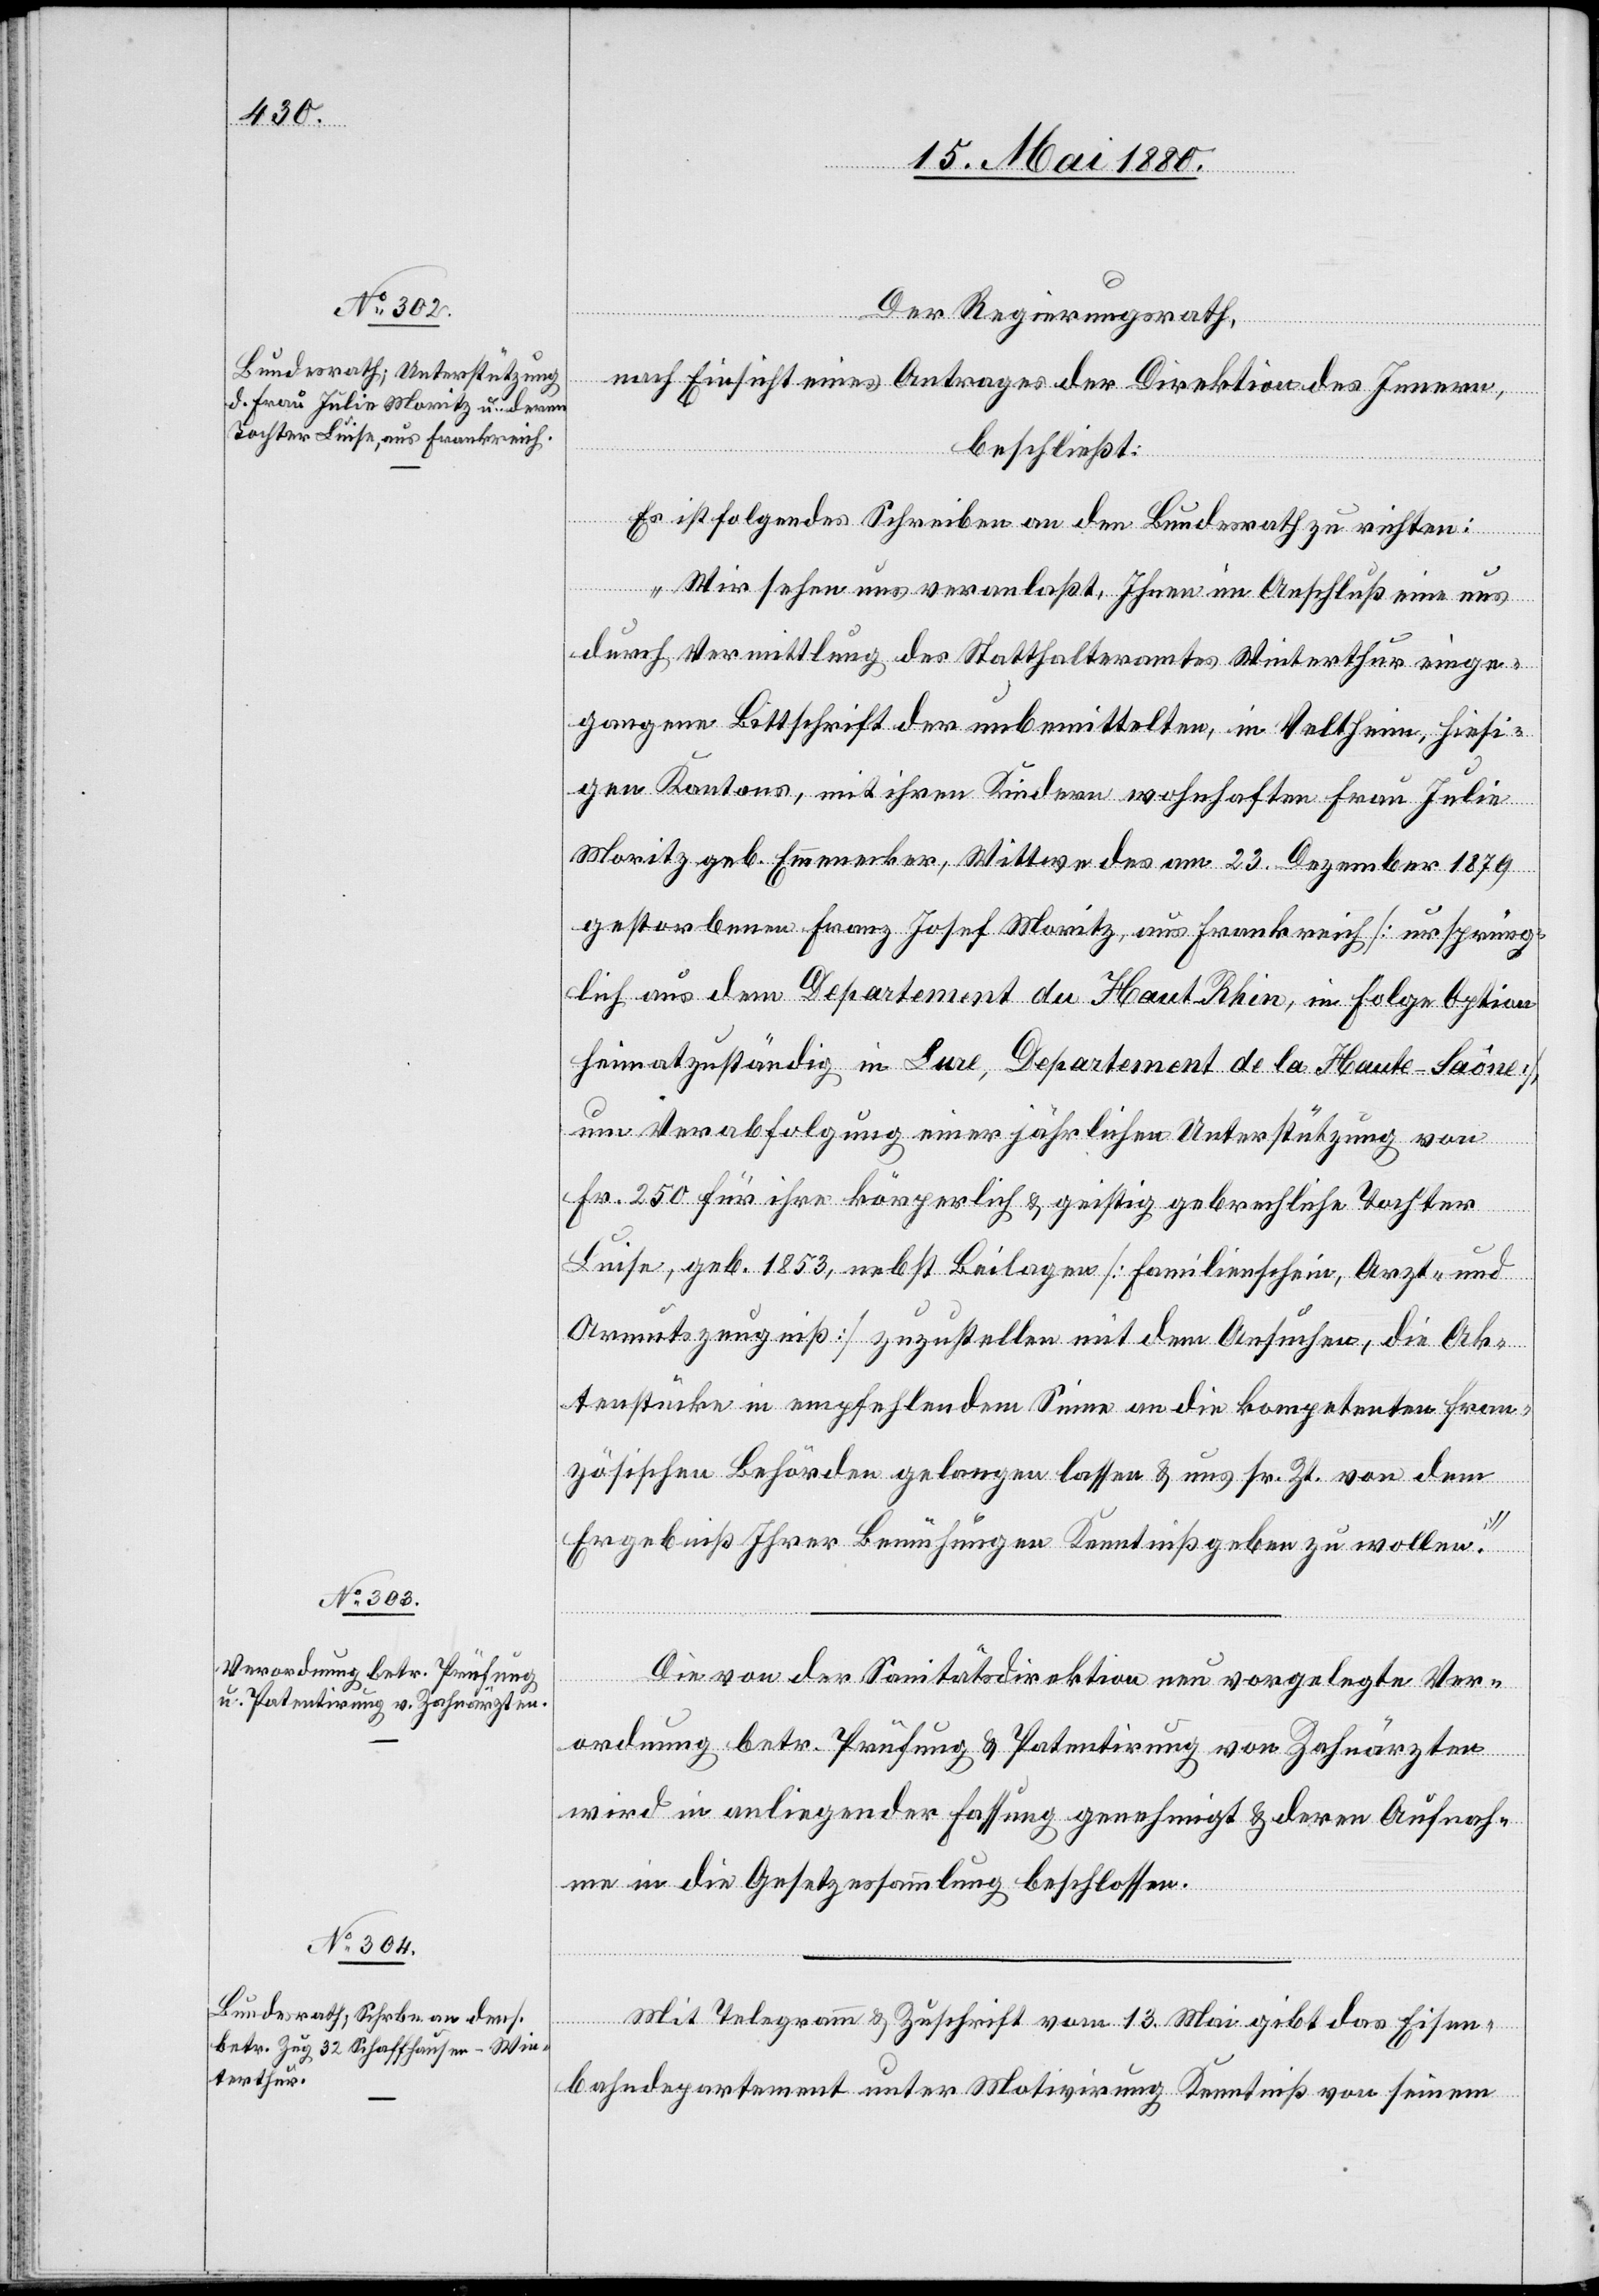
Der Regierungsrath,
nach Einsicht eines Antrages der Direktion des Innern,
beschließt:
Departement
Es ist folgendes Schreiben an den Bundesrath zu richten:
„Wir sehen uns veranlaßt, Ihnen im Anschluß eine uns
durch Vermittlung des Statthalteramtes Winterthur einge¬
gangene Bittschrift der unbemittelten, in Veltheim, hiesi¬
gen Kantons, mit ihren Kindern wohnhaften Frau Julie
Moritz geb. Emmerker, Wittwe des am 23. Dezember 1879
gestorbenen Franz Josef Moritz, aus Frankreich [ursprüng¬
um Verabfolgung einer jährlichen Unterstützung von
de la
Fr. 250 für ihre körperlich & geistig gebrechliche Tochter
Luise, geb. 1853, nebst Beilagen [Familienschein, Arzt- und
Armutszeugniß] zuzustellen mit dem Ansuchen, die Ak¬
tenstücke in empfehlendem Sinne an die kompetenten fran¬
zösischen Behörden gelangen lassen & uns sr. Zt. von dem
Ergebniß Ihrer Bemühungen Kenntniß geben zu wollen.“
Die von der Sanitätsdirektion neu vorgelegte Ver¬
ordnung betr. Prüfung & Patentirung von Zahnärzten
wird in anliegender Fassung genehmigt & deren Aufnah¬
me in die Gesetzessammlung beschlossen.
Mit Telegramm & Zuschrift vom 13. Mai gibt das Eisen¬
bahndepartement unter Motivirung Kenntniß von seinem